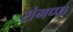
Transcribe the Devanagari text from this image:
संगप्पा